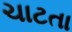
ચાટતા